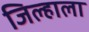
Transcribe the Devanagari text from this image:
जिल्हाला